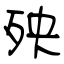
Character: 殃